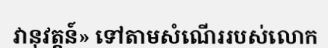
វានុវត្តន៍» ទៅតាមសំណើររបស់លោក